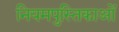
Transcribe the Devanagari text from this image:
नियमपुस्तिकाओं